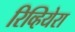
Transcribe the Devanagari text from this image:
रिव्हियेरा